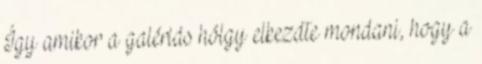
Így amikor a galériás hölgy elkezdte mondani, hogy a